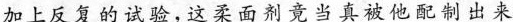
加上反复的试验，这染面剂竟当真被他配制出来